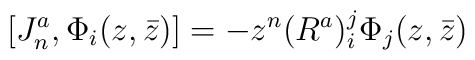
[J^a_n,\Phi_i(z,\bar{z})]=-z^n (R^a)_i^j\Phi_j(z,\bar{z})